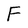
Character: F